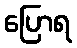
ပြောရ